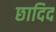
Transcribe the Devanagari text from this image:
छादिद